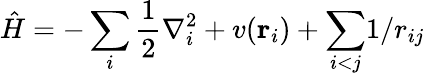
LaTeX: \hat{H}=-\sum_{i}\frac{1}{2}\nabla_{i}^{2}+v({\mathbf{r}_{i})+\sum_{i<j}}1/r_{ij}